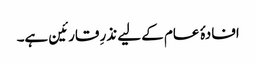
افادۂ عام کے لیے نذرِ قارئین ہے۔